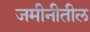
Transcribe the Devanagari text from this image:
जमीनीतील